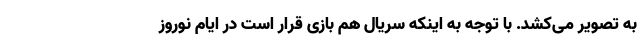
به تصویر می‌کشد. با توجه به اینکه سریال هم بازی قرار است در ایام نوروز